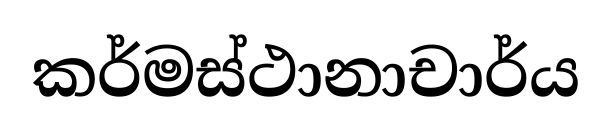
කර්මස්ථානාචාර්ය